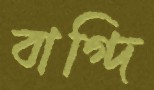
বাগ্‌দি